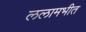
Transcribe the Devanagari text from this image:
ललामभीत